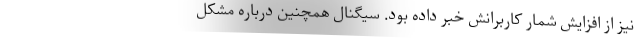
نیز از افزایش شمار کاربرانش خبر داده بود. سیگنال همچنین درباره مشکل